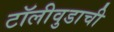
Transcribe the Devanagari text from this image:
टॉलीवुडाची